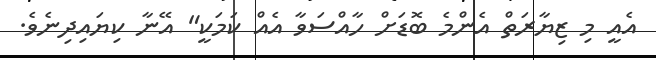
އެއީ މި ޒިޔާރަތް އެންމެ ބޮޑަށް ހާއްސަވާ އެއް ކަމަކީ" އޭނާ ކިޔައިދިނެވެ.